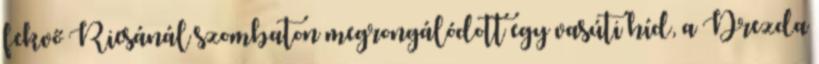
fekvő Riesánál szombaton megrongálódott egy vasúti híd, a Drezda